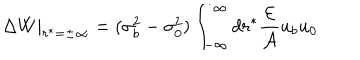
\Delta W | _ { r ^ { * } = \pm \infty } = ( \sigma _ { b } ^ { 2 } - \sigma _ { 0 } ^ { 2 } ) \int _ { - \infty } ^ { \infty } d r ^ { * } \frac { { \cal E } } { { \cal A } } u _ { b } u _ { 0 }